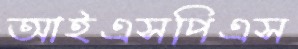
আইএসপিএস